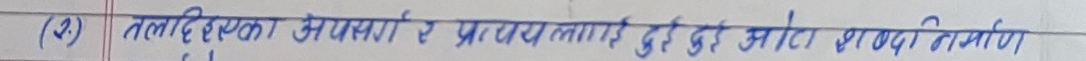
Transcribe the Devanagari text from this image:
(२) तलादिएका उपसर्ग र प्रत्यय लाई दुई दुई ओटा शब्द निर्माण,